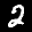
Label: 2